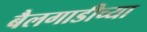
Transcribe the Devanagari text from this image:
बैलगाडीच्या